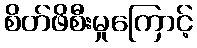
စိတ်ဖိစီးမှုကြောင့်